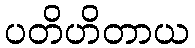
ပတိဟိတာယ